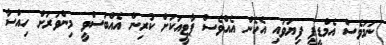
ނަމަވެސް އެމްޑީޕީ ފިޔަވައި އެހެން އެއްވެސް ޕާޓީއަކަަށް ކުރިން އެއްބަސްވީ މިންވަރަށް ހިއްސާ